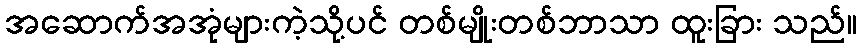
အဆောက်အအုံများကဲ့သို့ပင် တစ်မျိုးတစ်ဘာသာ ထူးခြား သည်။